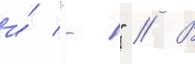
и́ "-" // В